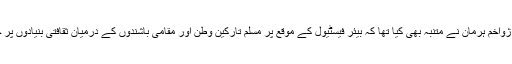
باویریا کے وزیرداخلہ ژواخم ہرمان نے متنبہ بھی کیا تھا کہ بیئر فیسٹیول کے موقع پر مسلم تارکین وطن اور مقامی باشندوں کے درمیان ثقافتی بنیادوں پر جھڑپیں بھی ممکن ہیں۔